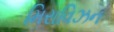
મિરાવિઝન